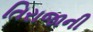
તિરાજાની